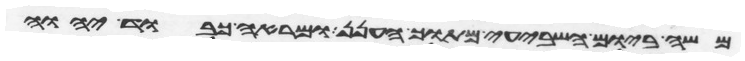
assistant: משה ביום השביעי מתוך הענן ומראה כבוד יהוה